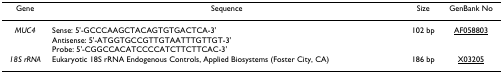
<table><thead><tr><td><b>Gene</b></td><td><b>Sequence</b></td><td><b>Size</b></td><td><b>GenBank No</b></td></tr></thead><tbody><tr><td><i>MUC4</i></td><td>Sense: 5&#x27;-GCCCAAGCTACAGTGTGACTCA-3&#x27;Antisense: 5&#x27;-ATGGTGCCGTTGTAATTTGTTGT-3&#x27;Probe: 5&#x27;-CGGCCACATCCCCATCTTCTTCAC-3&#x27;</td><td>102 bp</td><td>AF058803</td></tr><tr><td><i>18S rRNA</i></td><td>Eukaryotic 18S rRNA Endogenous Controls, Applied Biosystems (Foster City, CA)</td><td>186 bp</td><td>X03205</td></tr></tbody></table>